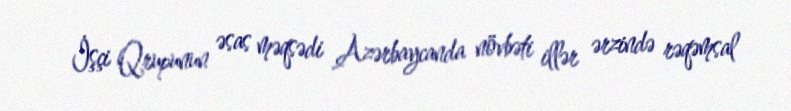
İşçi Qrupunun əsas məqsədi Azərbaycanda növbəti illər ərzində rəqəmsal